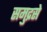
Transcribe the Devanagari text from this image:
समुद्रसे